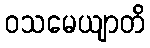
ဝသမေယျာတိ